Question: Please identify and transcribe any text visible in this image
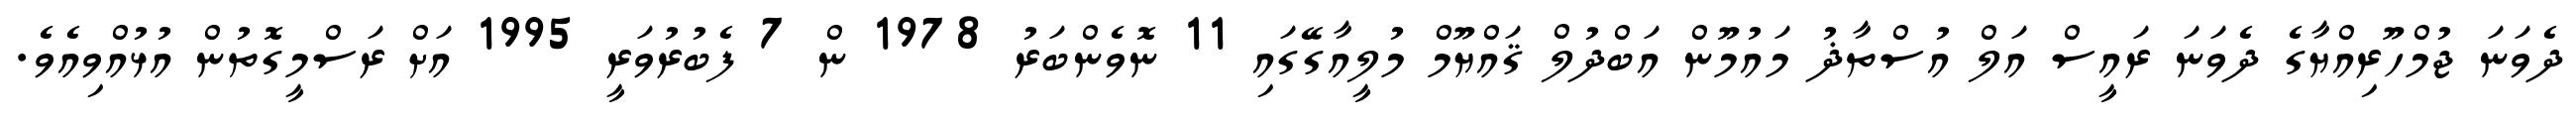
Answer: ދެވަނަ ޖުމްހޫރިއްޔާގެ ދެވަނަ ރައީސް އަލް އުސްތާޛު މައުމޫން އަބްދުލް ޤައްޔޫމް މުލީއާގޭގައި 11 ނޮވެންބަރު 1978 ން 7 ފެބުރުވަރީ 1995 އަށް ރަސްމީގޮތުން އުޅުއްވިއެވެ.